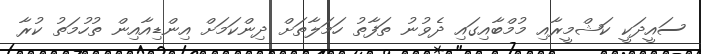
ސައީދަކީ ކަޝްމީރާއި މުމްބާއިގައި ދެވުނު ތަފާތު ހަމަލާތަށް ދިންކަމަށް އިންޑިއާއިން ތުހުމަތު ކުރާ